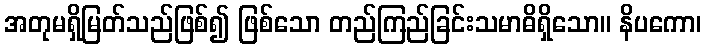
အတုမရှိမြတ်သည်ဖြစ်၍ ဖြစ်သော တည်ကြည်ခြင်းသမာဓိရှိသော။ နိပကော၊